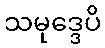
သမုဒ္ဒေပိ